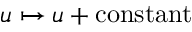
u \mapsto u + \mathrm { c o n s t a n t }